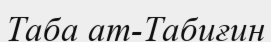
Таба ат-Табиғин